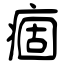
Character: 痼